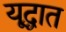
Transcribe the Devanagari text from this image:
यूद्घात